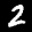
Label: 2